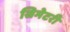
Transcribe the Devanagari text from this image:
सिमेटरी